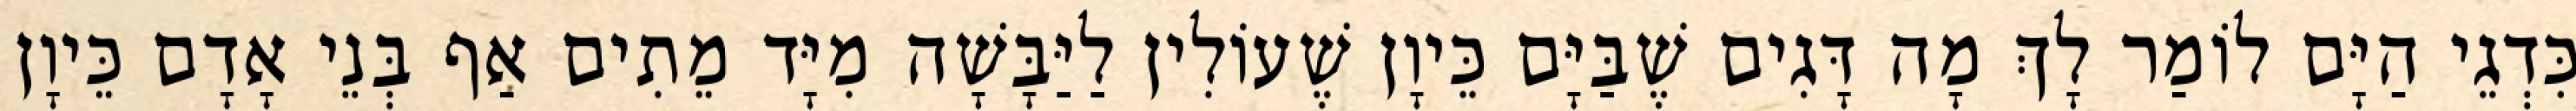
כִּדְגֵי הַיָּם לוֹמַר לָךְ מָה דָּגִים שֶׁבַּיָּם כֵּיוָן שֶׁעוֹלִין לַיַּבָּשָׁה מִיָּד מֵתִים אַף בְּנֵי אָדָם כֵּיוָן